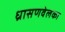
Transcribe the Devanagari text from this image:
ध्रासणवेलका